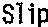
SLIP